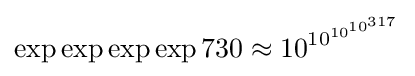
\exp \exp \exp \exp 730\approx 10^{10^{10^{10^{317}}}}